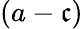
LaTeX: (a-\mathfrak{c})